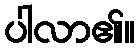
ပါလာ၏။